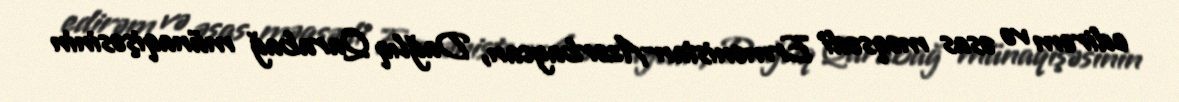
edirəm və əsas məqsədi Ermənistan-Azərbaycan, Dağlıq Qarabağ münaqişəsinin